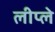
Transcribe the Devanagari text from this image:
लीप्ले